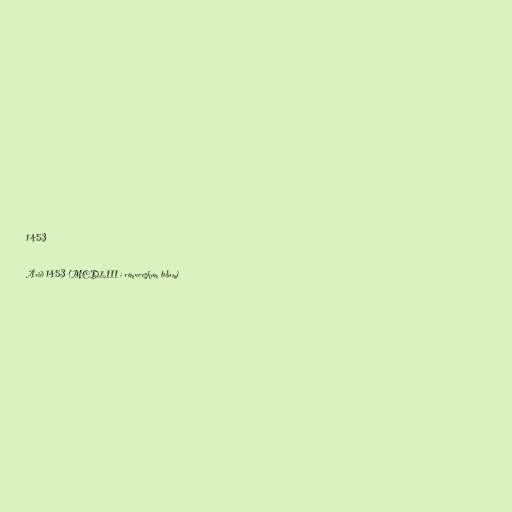
1453

Árið 1453 (MCDLIII í rómverskum tölum)